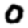
Digit: 0